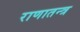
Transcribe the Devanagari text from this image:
राणातन्त्र